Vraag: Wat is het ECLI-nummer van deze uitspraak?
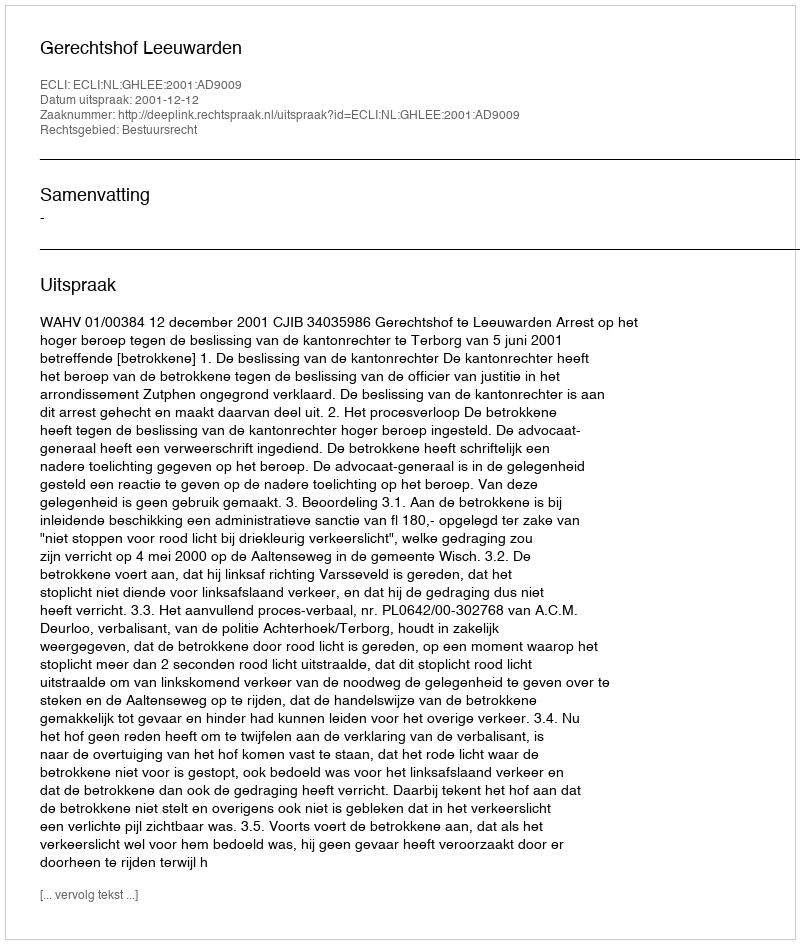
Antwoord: ECLI:NL:GHLEE:2001:AD9009